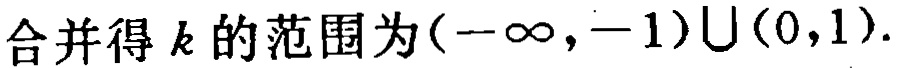
合并得 \(k\) 的范围为\((-\infty,-1)\cup(0,1)\).